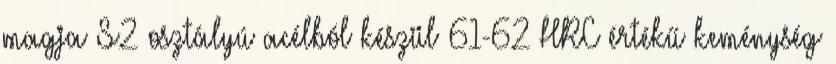
magja S2 osztályú acélból készül 61-62 HRC értékű keménység